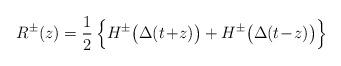
LaTeX: \begin{align*}R^\pm(z) = \frac{1}{2} \, \Big\{ H^\pm\big(\Delta(t\!+\!z)\big) +H^\pm\big(\Delta(t\!-\!z)\big) \Big\}\end{align*}